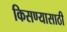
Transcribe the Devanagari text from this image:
किसण्यासाठी